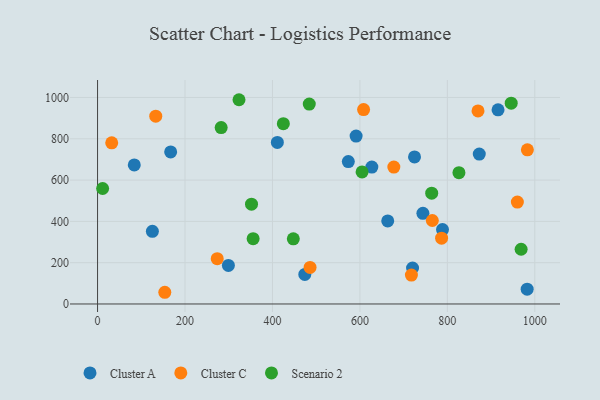
{"axis": {"x": "Speed", "y": "Sales"}, "legend": ["Cluster A", "Cluster C", "Scenario 2"], "data": [{"x": "84.0", "y": 673.5, "type": "Cluster A"}, {"x": "411.2", "y": 782.3, "type": "Cluster A"}, {"x": "474.0", "y": 143.3, "type": "Cluster A"}, {"x": "167.2", "y": 736.2, "type": "Cluster A"}, {"x": "299.2", "y": 186.6, "type": "Cluster A"}, {"x": "573.5", "y": 689.4, "type": "Cluster A"}, {"x": "627.3", "y": 663.2, "type": "Cluster A"}, {"x": "873.0", "y": 725.9, "type": "Cluster A"}, {"x": "663.6", "y": 402.3, "type": "Cluster A"}, {"x": "720.4", "y": 174.2, "type": "Cluster A"}, {"x": "915.9", "y": 940.4, "type": "Cluster A"}, {"x": "982.5", "y": 71.5, "type": "Cluster A"}, {"x": "788.9", "y": 360.1, "type": "Cluster A"}, {"x": "724.9", "y": 712.0, "type": "Cluster A"}, {"x": "125.4", "y": 352.0, "type": "Cluster A"}, {"x": "744.1", "y": 439.2, "type": "Cluster A"}, {"x": "591.3", "y": 813.3, "type": "Cluster A"}, {"x": "273.7", "y": 219.5, "type": "Cluster C"}, {"x": "677.6", "y": 662.8, "type": "Cluster C"}, {"x": "870.1", "y": 934.9, "type": "Cluster C"}, {"x": "133.1", "y": 909.4, "type": "Cluster C"}, {"x": "486.0", "y": 176.9, "type": "Cluster C"}, {"x": "153.8", "y": 56.7, "type": "Cluster C"}, {"x": "786.8", "y": 318.7, "type": "Cluster C"}, {"x": "983.0", "y": 746.7, "type": "Cluster C"}, {"x": "608.4", "y": 941.4, "type": "Cluster C"}, {"x": "717.8", "y": 139.9, "type": "Cluster C"}, {"x": "32.4", "y": 780.3, "type": "Cluster C"}, {"x": "960.1", "y": 493.4, "type": "Cluster C"}, {"x": "765.6", "y": 404.2, "type": "Cluster C"}, {"x": "946.0", "y": 972.4, "type": "Scenario 2"}, {"x": "764.2", "y": 536.7, "type": "Scenario 2"}, {"x": "447.7", "y": 315.3, "type": "Scenario 2"}, {"x": "355.8", "y": 316.4, "type": "Scenario 2"}, {"x": "605.0", "y": 639.6, "type": "Scenario 2"}, {"x": "484.2", "y": 968.0, "type": "Scenario 2"}, {"x": "424.9", "y": 873.0, "type": "Scenario 2"}, {"x": "352.1", "y": 483.4, "type": "Scenario 2"}, {"x": "282.7", "y": 854.4, "type": "Scenario 2"}, {"x": "11.6", "y": 559.2, "type": "Scenario 2"}, {"x": "826.5", "y": 636.0, "type": "Scenario 2"}, {"x": "968.7", "y": 265.0, "type": "Scenario 2"}, {"x": "323.5", "y": 989.1, "type": "Scenario 2"}]}